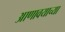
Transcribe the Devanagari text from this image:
आणावयाच्या